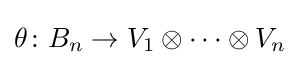
\theta \colon B_{n}\rightarrow V_{1}\otimes \cdots \otimes V_{n}